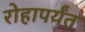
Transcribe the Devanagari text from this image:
रोहापर्यंत